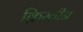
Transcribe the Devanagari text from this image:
क्रिस्तीन